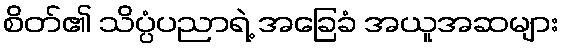
စိတ်၏ သိပ္ပံပညာရဲ့ အခြေခံ အယူအဆများ